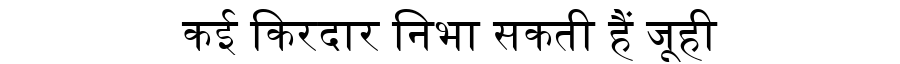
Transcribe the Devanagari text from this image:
कई किरदार निभा सकती हैं जूही